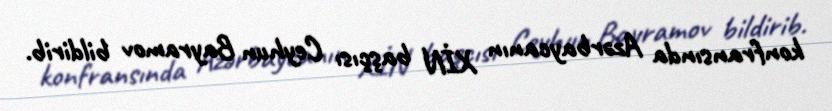
konfransında Azərbaycanın XİN başçısı Ceyhun Bayramov bildirib.